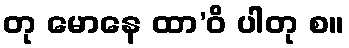
တု မောနေ ထာ’ဝိ ပါတု စ။